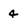
Character: 4